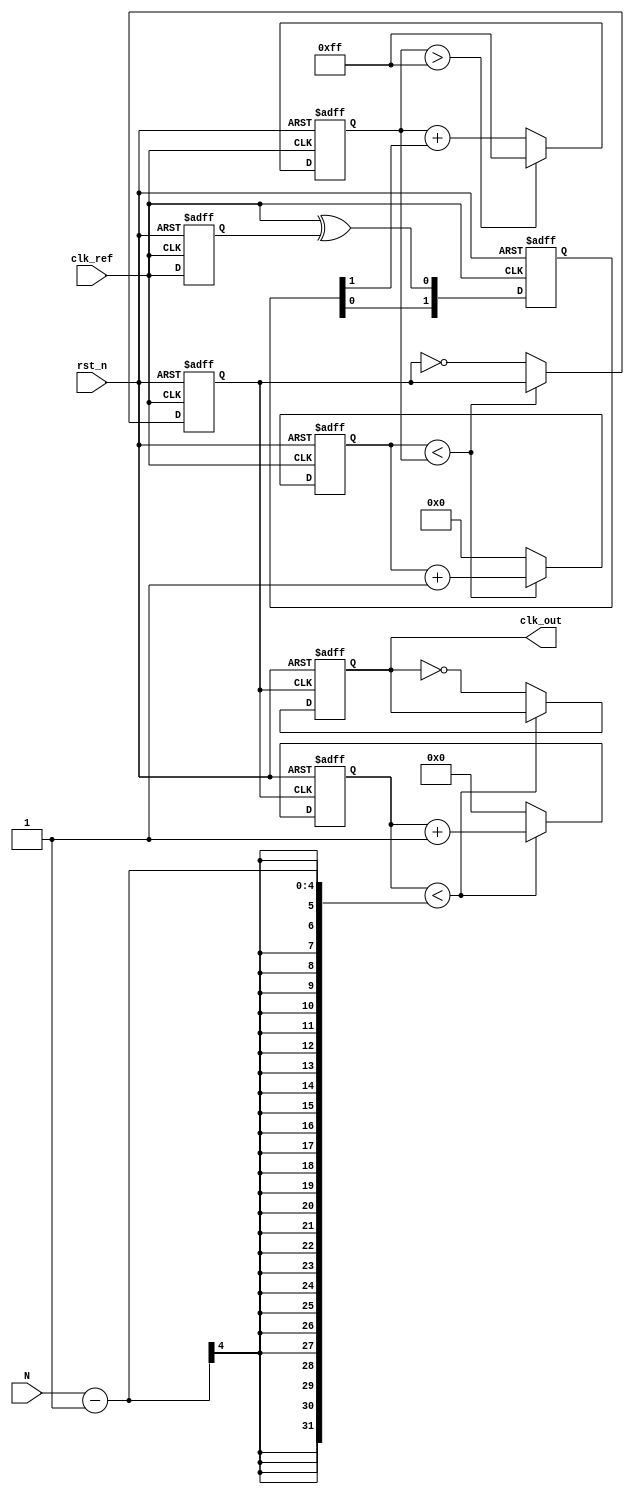
module low_jitter_pll (
    input wire clk_ref,            // Reference clock input
    input wire rst_n,             // Active low reset
    input wire [3:0] N,           // Division ratio (N)
    output wire clk_out           // Output clock signal
);

    // Phase Detector
    reg clk_ref_delayed;
    reg [1:0] phase_error; // Error signal (simplified)

    always @(posedge clk_ref or negedge rst_n) begin
        if (!rst_n) begin
            clk_ref_delayed <= 1'b0;
            phase_error <= 2'b00;
        end else begin
            // Simple phase detector logic (XOR)
            clk_ref_delayed <= clk_ref;
            phase_error[0] <= clk_ref ^ clk_ref_delayed; // Phase error detection
            // Update phase error (simplified logic)
            phase_error[1] <= phase_error[0]; // Use previous error for filtering
        end
    end

    // Loop Filter (Simple RC filter approximation)
    reg [7:0] control_voltage; // Control voltage for VCO (8-bit for simplicity)

    always @(posedge clk_ref or negedge rst_n) begin
        if (!rst_n) begin
            control_voltage <= 8'b0;
        end else begin
            // Simple loop filter (integrator)
            control_voltage <= control_voltage + phase_error[1]; // Integrate error
            // Limit control voltage to avoid overflow
            if(control_voltage > 8'hFF) begin
                control_voltage <= 8'hFF;
            end
        end
    end

    // Voltage-Controlled Oscillator (VCO)
    reg [7:0] vco_count; // VCO output counter
    reg clk_vco;        // VCO output signal

    always @(posedge clk_ref or negedge rst_n) begin
        if (!rst_n) begin
            vco_count <= 8'b0;
            clk_vco <= 1'b0;
        end else begin
            // VCO frequency control based on control voltage (simplified)
            if (vco_count < control_voltage) begin
                vco_count <= vco_count + 1;
            end else begin
                clk_vco <= ~clk_vco; // Toggle VCO output
                vco_count <= 8'b0;
            end
        end
    end

    // Frequency Divider (N)
    reg [3:0] divider_count; // Divider counter
    reg clk_div;             // Divided clock output

    always @(posedge clk_vco or negedge rst_n) begin
        if (!rst_n) begin
            divider_count <= 4'b0;
            clk_div <= 1'b0;
        end else begin
            if (divider_count < N - 1) begin
                divider_count <= divider_count + 1;
            end else begin
                clk_div <= ~clk_div; // Toggle divided clock output
                divider_count <= 4'b0;
            end
        end
    end

    // Output clock signal
    assign clk_out = clk_div;

endmodule